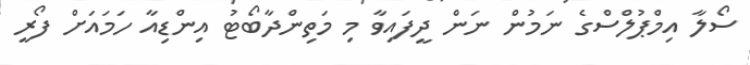
ސޯލާ އިމްޕުލްސްގެ ނަމުން ނަން ދީފައިވާ މި މަތިންދާބޯޓު އިންޑިއާ ހަމައަށް ފޯރީ